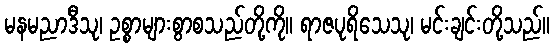
မနမညာဒီသု၊ ဥစ္စာများစွာစသည်တို့ကို။ ရာဇပုရိသေသု၊ မင်းချင်းတို့သည်။